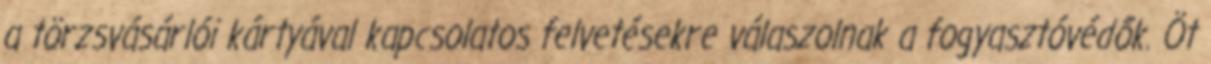
a törzsvásárlói kártyával kapcsolatos felvetésekre válaszolnak a fogyasztóvédők. Öt